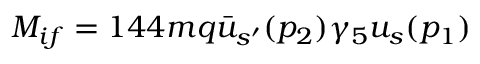
{ \cal { M } } _ { i f } = 1 4 4 m q \bar { u } _ { s ^ { \prime } } ( p _ { 2 } ) \gamma _ { 5 } u _ { s } ( p _ { 1 } )